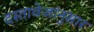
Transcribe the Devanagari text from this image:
दस्तावेजांनुसार